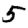
Digit: 5